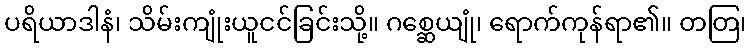
ပရိယာဒါနံ၊ သိမ်းကျုံးယူငင်ခြင်းသို့။ ဂစ္ဆေယျုံ၊ ရောက်ကုန်ရာ၏။ တတြ၊